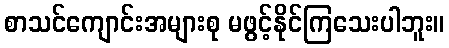
စာသင်ကျောင်းအများစု မဖွင့်နိုင်ကြသေးပါဘူး။